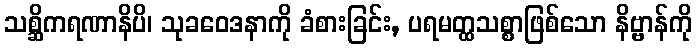
သစ္ဆိကရဏာနိပိ၊ သုခဝေဒနာကို ခံစားခြင်း, ပရမတ္ထသစ္စာဖြစ်သော နိဗ္ဗာန်ကို